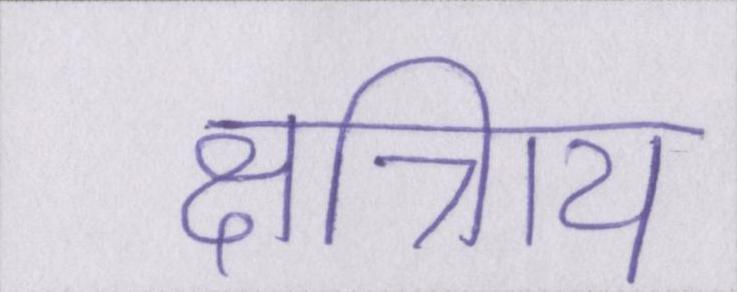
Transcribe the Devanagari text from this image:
क्षत्रिाय